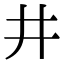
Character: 井